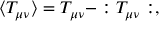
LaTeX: \langle T _ { \mu \nu } \rangle = T _ { \mu \nu } - : T _ { \mu \nu } : ,